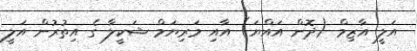
އަލީ އާޒިމް (ދޮން އައްޔަ) އާއި މަރިޔަމް ޝަކީލާ ގެ އިތުރުން އަލީ